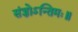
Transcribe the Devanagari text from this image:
संज्ञोऽन्तिमः॥